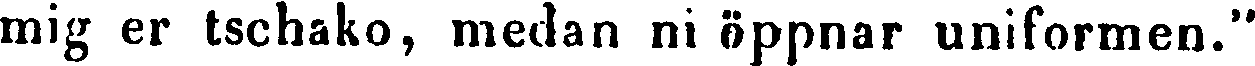
mig er tschako, medan ni öppnar uniformen."